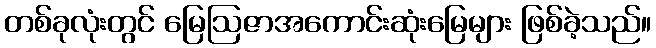
တစ်ခုလုံးတွင် မြေဩဇာအကောင်းဆုံးမြေများ ဖြစ်ခဲ့သည်။